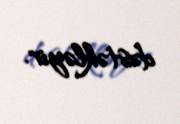
dəstəkləyir.